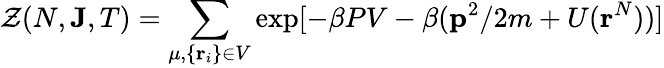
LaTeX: {\mathcal{Z}}(N,\mathbf{J},T)=\sum_{\mu,\{ \mathbf{r}_{i}\} \in V}\exp[-\beta PV-\beta(\mathbf{p}^{2}/2m+U(\mathbf{r}^{N}))]